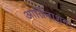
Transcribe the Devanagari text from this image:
आर्तिनाशन